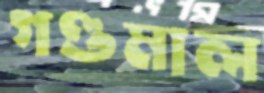
গণ্ডমাল